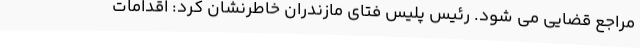
مراجع قضایی می شود. رئیس پلیس فتای مازندران خاطرنشان کرد: اقدامات